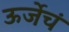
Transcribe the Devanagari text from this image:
ऊर्जेचं